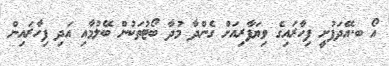
އޯ ބ.އޭދަފުށީ ފިހާރައިގެ ވިޔަފާރިއަށް ގެންދާ މުދާ ބޯޓުތަކުން ބޭލުމާއި އަދި ފިހާރައިން